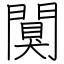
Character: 闃